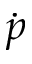
\dot { p }